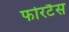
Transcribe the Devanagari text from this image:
फोरटैस